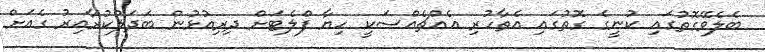
ބެލެވޭގޮތުގައި ކުނީގެ ގޮތުގައި އެތާހުރި އެއްޗެއްސަކީ ހިޔާ ފްލެޓަށް ދިިރިއުޅުން ބަދަލުކުރާއިރު ގެއަށް